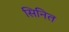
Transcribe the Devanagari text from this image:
सिनित